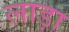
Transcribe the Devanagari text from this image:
लाड़ा